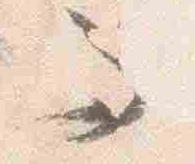
而